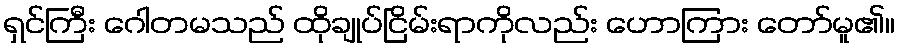
ရှင်ကြီး ဂေါတမသည် ထိုချုပ်ငြိမ်းရာကိုလည်း ဟောကြား တော်မူ၏။